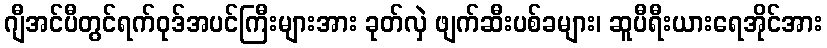
ဂျီအင်ပီတွင်ရက်ဝုဒ်အပင်ကြီးများအား ခုတ်လှဲ ဖျက်ဆီးပစ်ခများ၊ ဆူပီရီးယားရေအိုင်အား